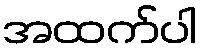
အထက်ပါ